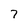
Character: 7